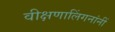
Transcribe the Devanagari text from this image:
वीक्षणालिंगनांनीं